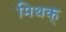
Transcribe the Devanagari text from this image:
मिथक्